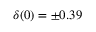
\delta ( 0 ) = \pm 0 . 3 9